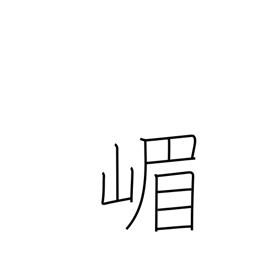
Meaning: place name